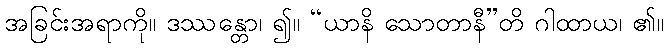
အခြင်းအရာကို။ ဒဿန္တော၊ ၍။ “ယာနိ သောတာနီ”တိ ဂါထာယ၊ ၏။